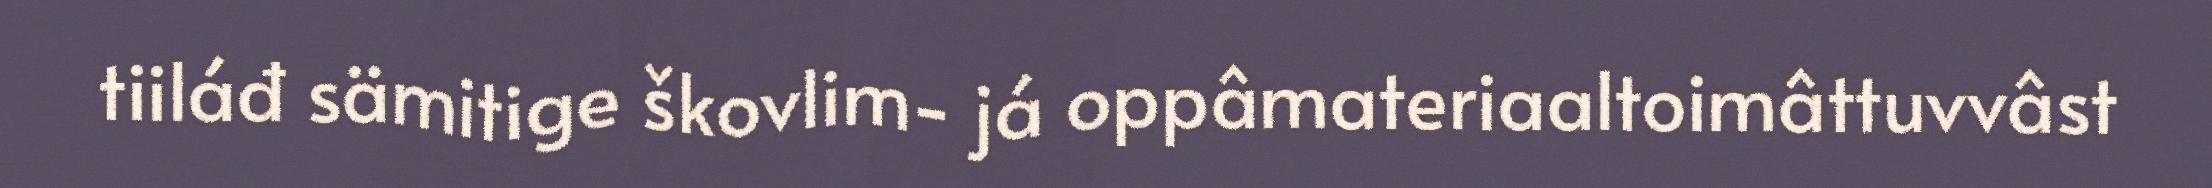
tiiláđ sämitige škovlim- já oppâmateriaaltoimâttuvvâst